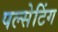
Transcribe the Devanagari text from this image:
पल्सेटिंग